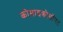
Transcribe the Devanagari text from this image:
कोमाइक्रोसॉफ्ट